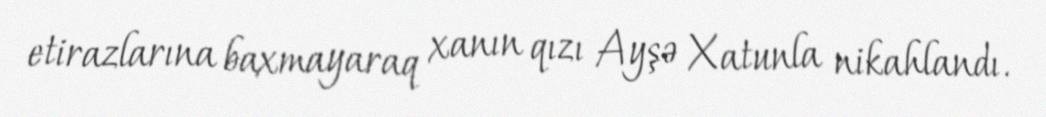
etirazlarına baxmayaraq xanın qızı Ayşə Xatunla nikahlandı.